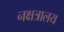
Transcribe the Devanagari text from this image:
नक्षत्रालय